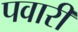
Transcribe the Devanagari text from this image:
पवारी